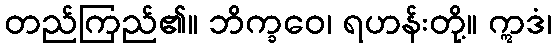
တည်ကြည်၏။ ဘိက္ခဝေ၊ ရဟန်းတို့။ ဣဒံ၊